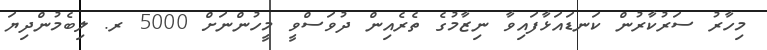
މިހާރު ސަރުކާރުން ކަނޑައަޅާފައިވާ ނިޒާމުގެ ތެރެއިން ދުވަސްވީ މީހުންނަށް 5000 ރ. ލިބެމުންދިޔަ